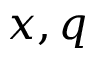
x , q